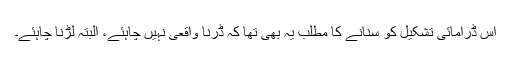
اس ڈرامائی تشکیل کو سنانے کا مطلب یہ بھی تھا کہ ڈرنا واقعی نہیں چاہئے، البتہ لڑنا چاہئے۔